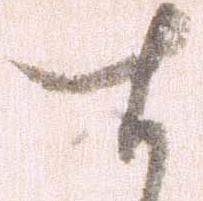
す